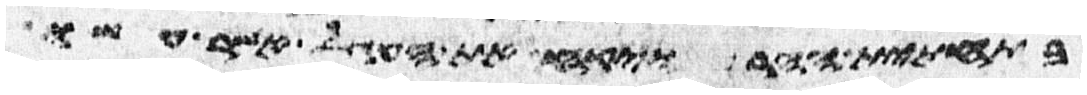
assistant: בתחתית ההר ויקח את העגל אשר עשו